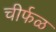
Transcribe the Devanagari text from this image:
चीर्फळ